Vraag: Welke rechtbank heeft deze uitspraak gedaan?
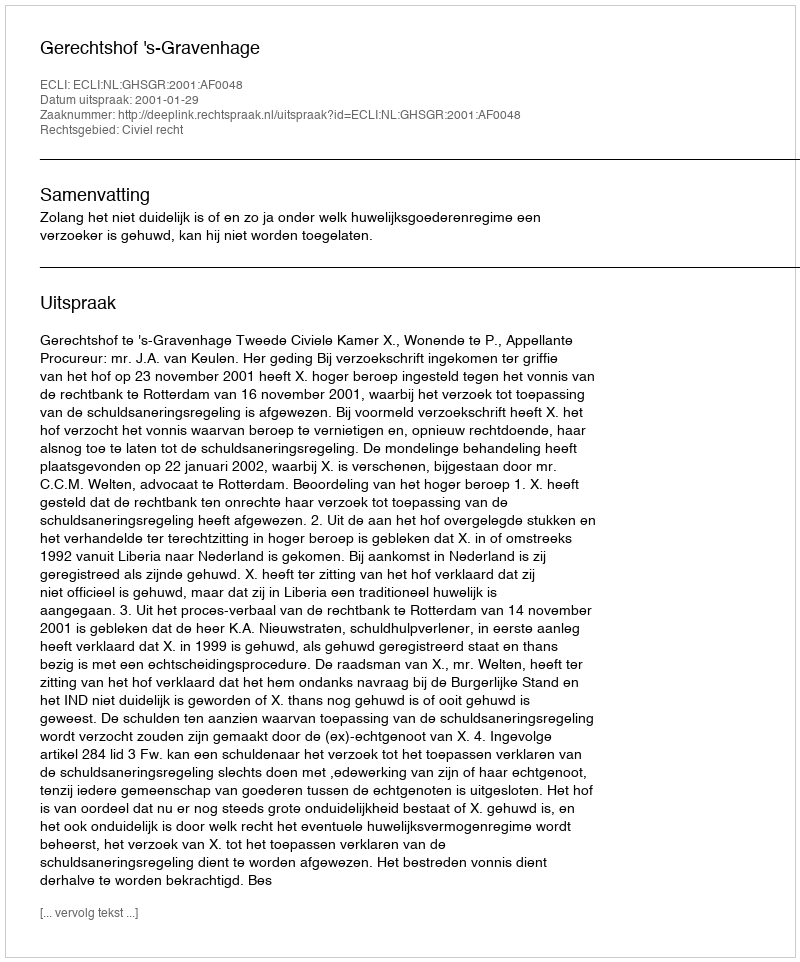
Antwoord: Gerechtshof 's-Gravenhage